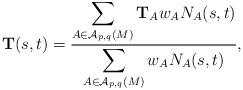
LaTeX: \begin{align*}\mathbf{T}(s,t)= \frac{\displaystyle \sum_{A\in {\cal A}_{p,q}(M)} \mathbf{T}_A w_A N_A(s,t)}{\displaystyle \sum_{A\in {\cal A}_{p,q}(M)} w_A N_A(s,t)},\end{align*}